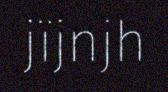
jïjnjh